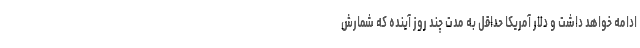
ادامه خواهد داشت و دلار آمریکا حداقل به مدت چند روز آینده که شمارش